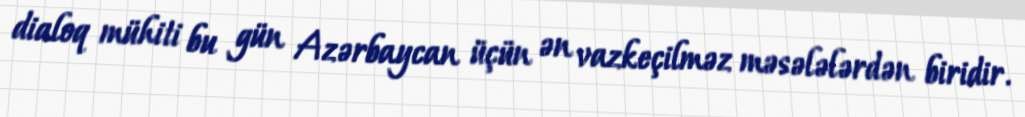
dialoq mühiti bu gün Azərbaycan üçün ən vazkeçilməz məsələlərdən biridir.